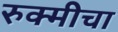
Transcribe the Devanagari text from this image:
रुक्मीचा